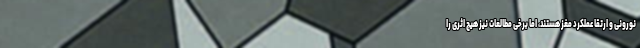
نورونی و ارتقا عملکرد مغز هستند، اما برخی مطالعات نیز هیچ اثری را